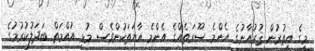
މީގެ އިތުރުން ޤުރުއާނުގެ އެންމެ ސޫރަތެއްގެ އެންމެ އާޔަތަކުންވެސް މުޅި އުއްމަތް ބަދަލުކުރުމުގެ